Vaccination in Bombay 1913-1923 - 1913-1923
Year: 1913
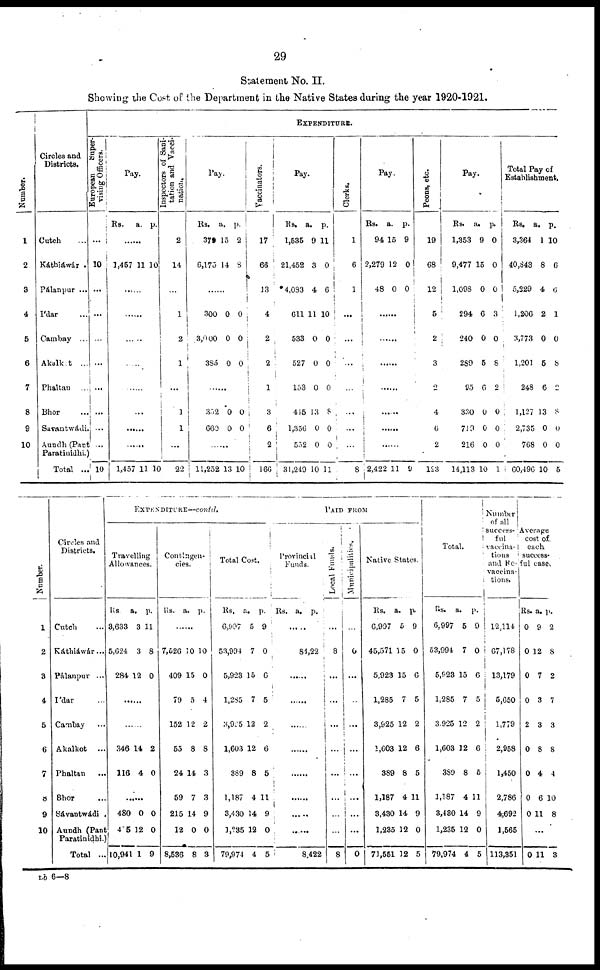
29
Statement No. II.
Showing the Cost of the Department in the Native States during the year 1920-1921.
Number.
1
2
3
4
5
6
7
8
9
10
Circles and
Districts.
Cutch ...
Káthiáwár .
Pálanpur ...
Ídar ...
Cambay ...
Akalket ...
Phaltan ...
Bhor ...
Savantwádi.
Aundh (Pant
Paratinidhi.)
Total ..
EXPENDITURE.
European
Super-
vising Officers.
...
10
...
...
...
...
...
...
...
...
10
Pay.
Rs.
a. p.
......
1,457 11 10
......
......
......
......
......
......
......
......
1,457 11 10
Inspectors of Sani-
tation and Vacci-
nation.
2
14
...
1
2
1
...
1
1
...
22
Pay.
Rs.
379
6,175
a,
15
14
p.
2
8
......
300
3,000
385
0
0
0
0
0
0
......
352
660
0
0
0
0
......
11,252 13 10
Vaccinators.
17
66
13
4
2
2
1
3
6
2
166
Pay.
Rs.
1,535
21,452
4,083
611
533
527
153
445
1,356
552
31,249
a.
9
3
4
11
0
0
0
13
0
0
10
p.
11
0
6
10
0
0
0
8
0
0
11
Clerks.
1
6
1
...
...
...
...
...
...
...
8
Pay.
Rs.
94
2,279
48
a.
15
12
0
p.
9
0
0
......
......
......
......
......
......
......
2,422 11 9
Peons, etc.
19
68
12
5
2
3
2
4
6
2
123
Pay.
Rs.
1,353
9,477
1,098
294
240
289
95
330
719
216
14,113
a.
9
15
0
6
0
5
6
0
0
0
10
p.
0
0
0
3
0
8
2
0
0
0
1
Total Pay of
Establishment.
Rs.
3,364
40,843
5,229
1,206
3,773
1,201
248
1,127
2,735
768
60,496
a.
1
8
4
2
0
5
6
13
0
0
10
p.
10
6
6
1
0
8
2
8
0
0
5
Number.
1
2
3
4
5
6
7
8
9
10
Circles and
Districts.
Cutch ...
Káthiáwár...
Pálanpur ...
Ídar ...
Cambay ...
Akalkot
...
Phaltan
...
Bhor ...
Sávantwádi .
Aundh (Pant
Paratinidhi.)
Total ...
EXPENDITURE—Corntd.
Travelling
Allowances.
Rs.
3,633
5,624
284
a.
3
3
12
p.
11
8
0
......
......
346
116
14
4
2
0
......
480
415
10,941
0
12
1
0
0
9
Contingen-
cies.
Rs.
a.
p.
......
7,626
409
79
152
55
24
59
215
12
8,536
10
15
5
12
8
14
7
14
0
8
10
0
4
2
8
3
3
9
0
3
Total Cost.
Rs.
6,997
53,994
5,923
1,285
3,925
1,603
389
1,187
3,430
1,235
79,974
a.
5
7
15
7
12
12
8
4
14
12
4
p.
9
0
6
5
2
6
5
11
9
0
5
PAID FROM
Provincial
Funds.
Rs. a. p.
......
84,22
......
......
......
......
......
......
......
......
8,422
Local Funds.
...
8
...
...
...
...
...
...
...
...
8
Municipalities.
...
0
...
...
...
...
...
...
...
...
0
Native States.
Rs.
6,997
45,571
5,923
1,285
3,925
1,603
389
1,187
3,430
1,235
71,551
a.
5
15
15
7
12
12
8
4
14
12
12
p.
9
0
6
5
2
6
5
11
9
0
5
Total.
Rs.
6,997
53,994
5,923
1,285
3,925
1,603
389
1,187
3,430
1,235
79,974
a.
5
7
15
7
12
12
8
4
14
12
4
p.
9
0
6
5
2
6
5
11
9
0
5
Number
of all
success-
ful
vaccina-
tions
and Re-
vaccina-
tions.
12,114
67,178
13,179
5,650
1,779
2,958
1,450
2,786
4,692
1,565
113,351
Average
cost of
each
success-
ful case.
Rs.
0
0
0
0
2
0
0
0
0
a.
9
12
7
3
3
8
4
6
11
p.
2
8
2
7
3
8
4
10
8
...
0 11 3
Lb 6—8